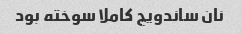
نان ساندویچ کاملا سوخته بود